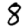
Digit: 8